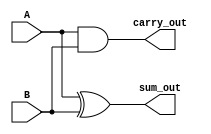
//structual modeling
module Half_Adder(A, B, sum_out, carry_out);
input A, B;
output carry_out, sum_out;
xor (sum_out, A, B);
and (carry_out, A, B);
endmodule
//Half Adder 2   Full_Adder  
module Full_Adder_struc(in_A, in_B, carry_in, sum_out, carry_out);
input in_A, in_B, carry_in;
output carry_out, sum_out;
wire temp_sum, temp_c1, temp_c2;
Half_Adder U0(in_A, in_B, temp_sum, temp_c1);
Half_Adder U1(temp_sum, carry_in, sum_out, temp_c2);
or (carry_out, temp_c1, temp_c2);
endmodule